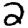
Digit: 2